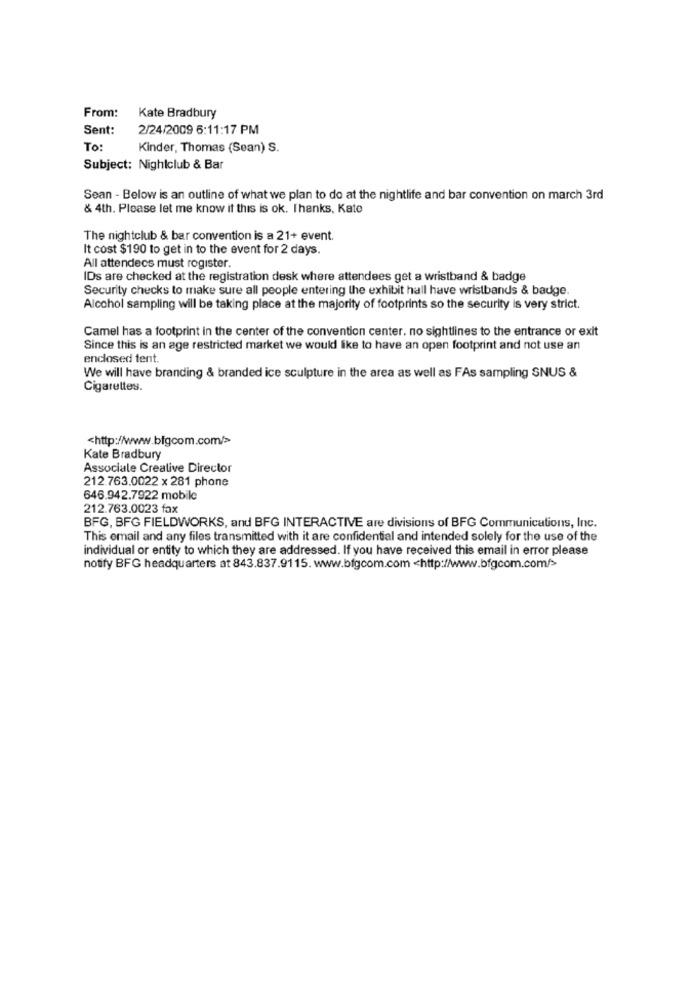
From:
Kate Bradbury
Sent:
2/24/2009 6:11:17 PM
To
Kinder, Thomas (Sean) S.
Subject: Nightclub & Bar
Sean - Below is an outline of what we plan to do at the nightlife and bar convention on march 3rd
& 4th. Please let me know it this is ok. Thanks, Kate
The nightclub & bar convention is a 21+ event.
It cost $190 to get in to the event for 2 days.
All attendecs must rogister.
IDs are checked at the registration desk where attendees get a wristband & badge
Security checks to make sure all people entering the exhibit hall have wristbands & badge.
Alcohol sampling will be taking place at the majority of footprints so the security is very strict.
Camel has a footprint in the center of the convention center. no sightlines to the entrance or exit
Since this is an age restricted market we would like to have an open footprint and not use an
enclosed tent.
We will have branding & branded ice sculpture in the area as well as FAs sampling SNUS &
Cigarettes.
<http://www.bfgcom.com/>
Kate Bradbury
Associale Creative Director
212.763.0022 x 281 phone
646.942.7922 mobile
212.763.0023 fax
BFG, BFG FIELDWORKS, and BFG INTERACTIVE are divisions of BFG Communications, Inc.
This email and any files transmitted with it are confidential and intended solely for the use of the
individual or entity to which they are addressed. If you have received this email in error please
notify BFG headquarters at 843.837.9115. www.bfgcom.com <http://www.bfgcom.com/>